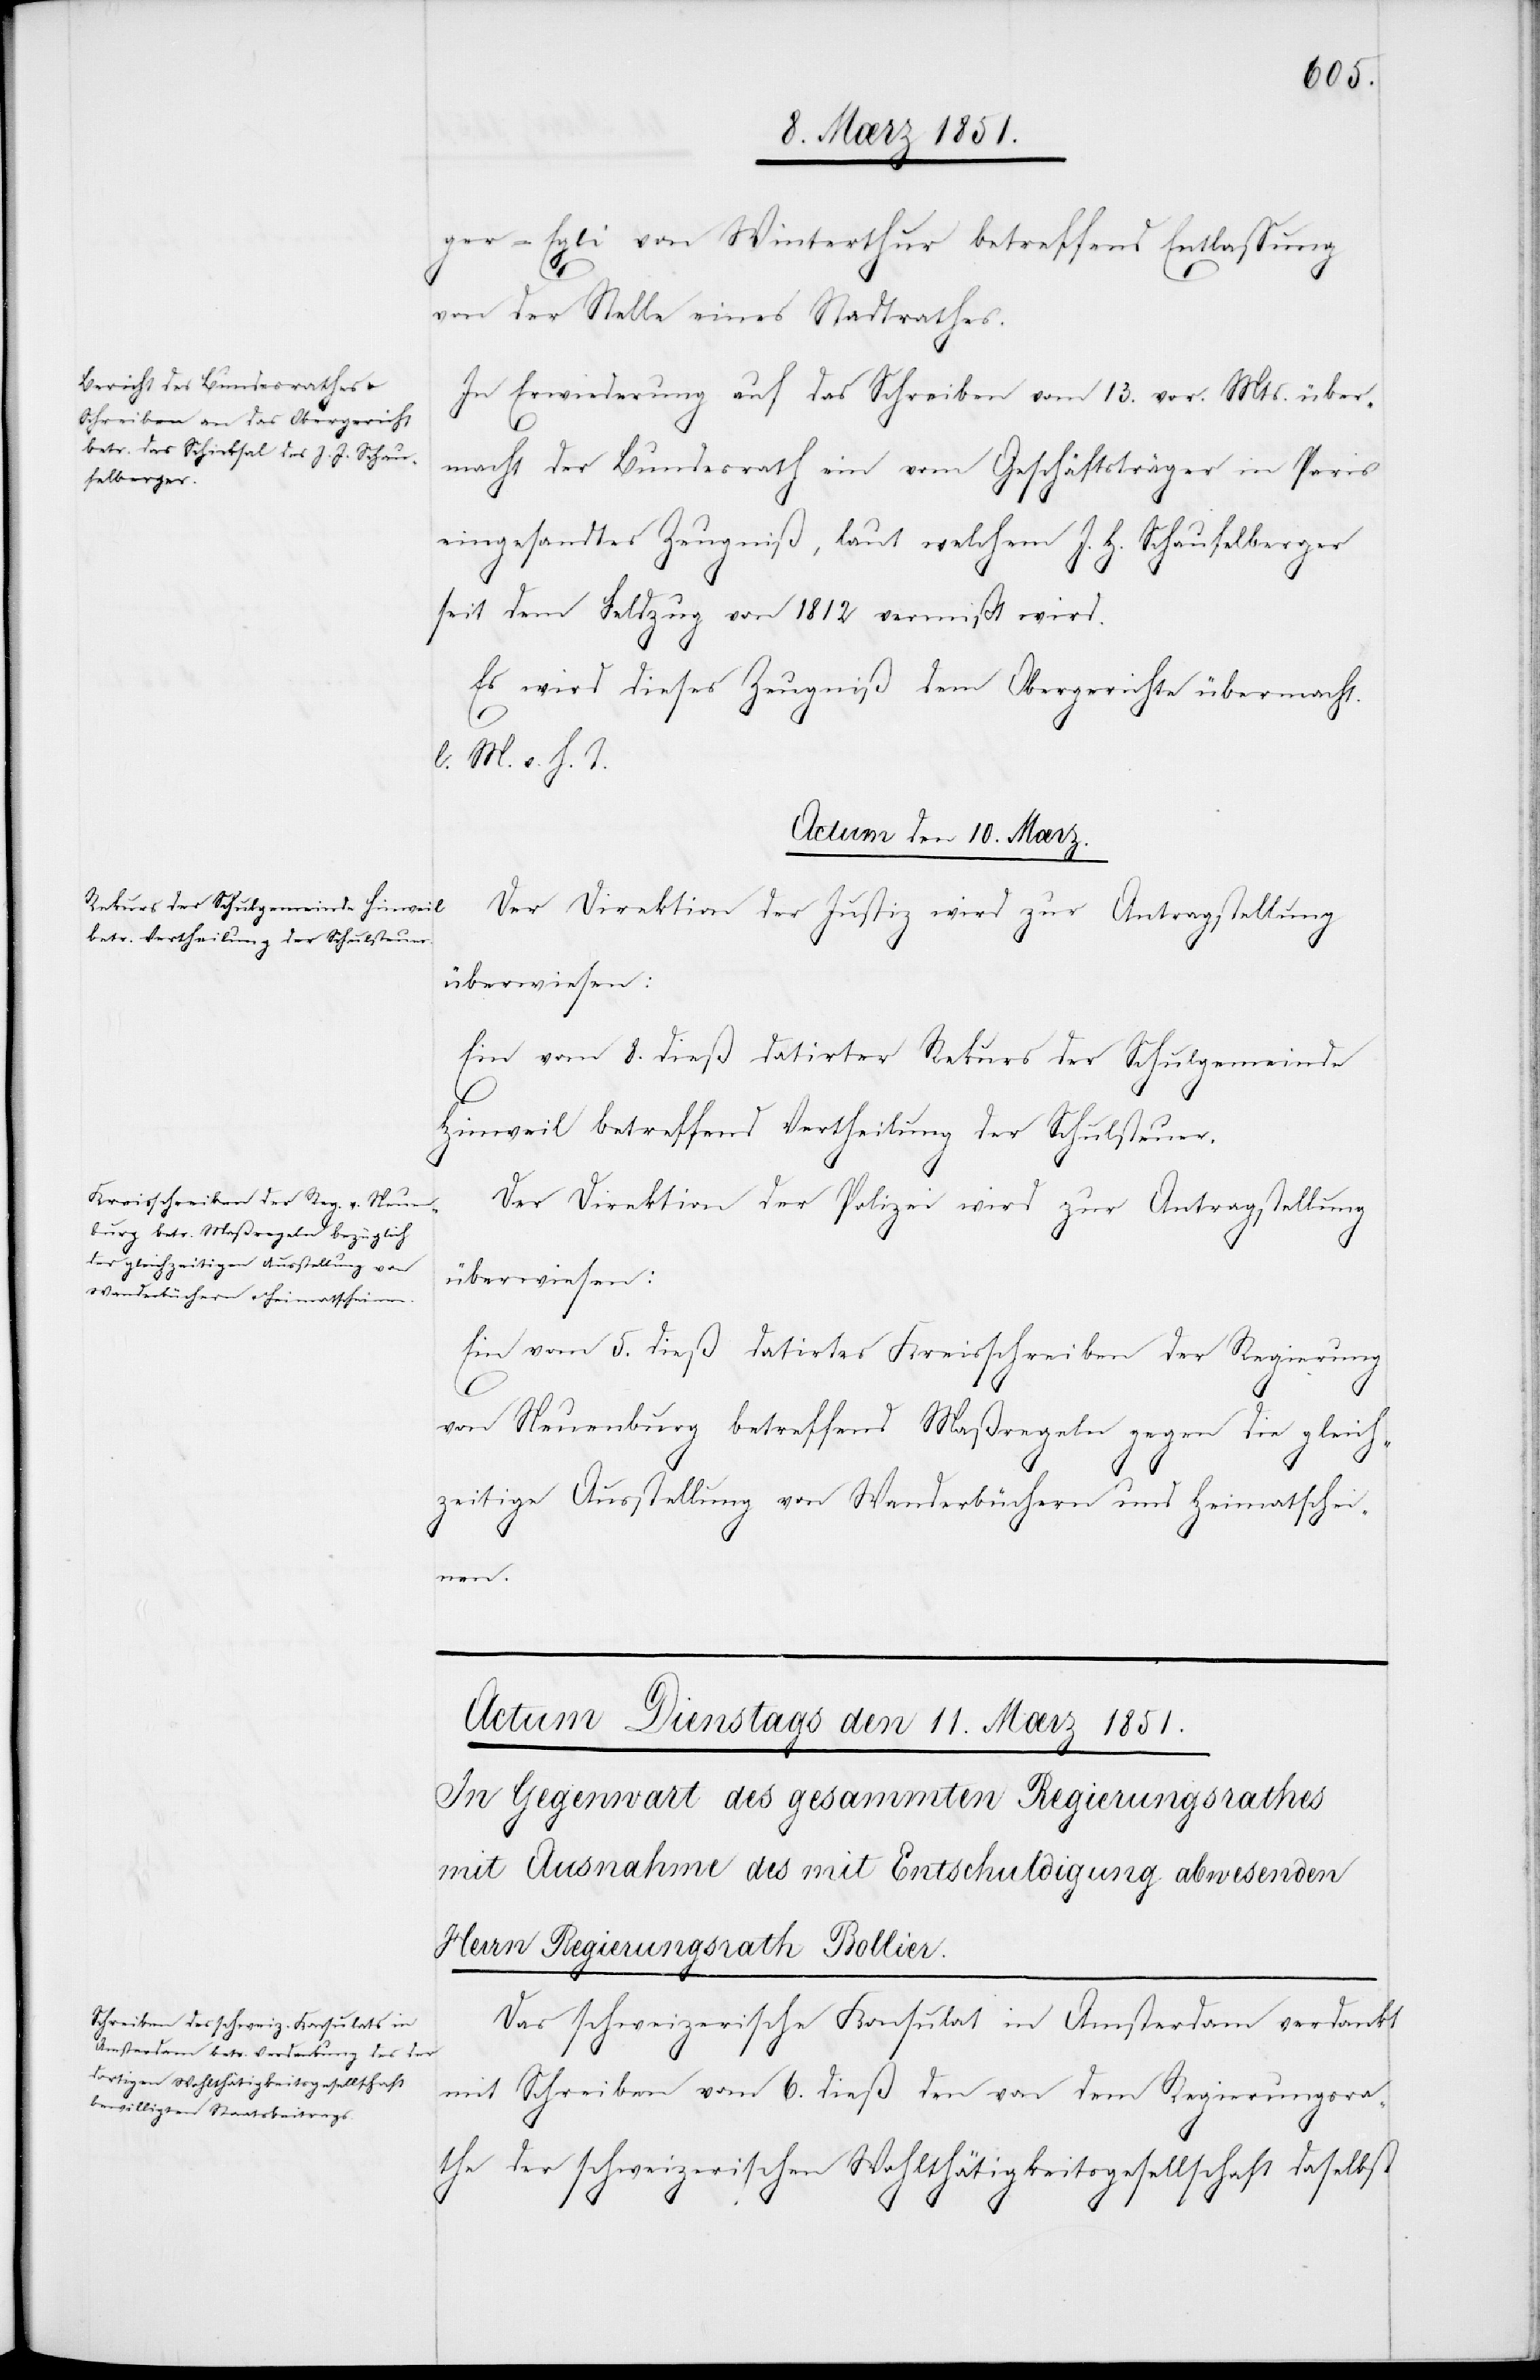
ger-Egli von Winterthur betreffend Entlassung
von der Stelle eines Stadtrathes.
In Erwiederung auf das Schreiben vom 13. vor. Mts. über¬
macht der Bundesrath ein vom Geschäftsträger in Paris
eingesandtes Zeugniß, laut welchem J. H. [sic!] Schaufelber¬
ger
seit dem Feldzug von 1812 vermißt wird.
Es wird dieses Zeugniß dem Obergerichte übermacht.
l. M. v. h. T.
Actum den 10. Mærz.]
Der Direktion der Justiz wird zur Antragstellung
überwiesen:
Ein vom 8. dieß datirter Rekurs der Schulgemeinde
Hinweil betreffend Vertheilung der Schulsteuer.
Der Direktion der Polizei wird zur Antragstellung
überwiesen:
Ein vom 5. dieß datirtes Kreisschreiben der Regierung
von Neuenburg betreffend Maßregeln gegen die gleich¬
zeitige Ausstellung von Wanderbüchern und Heimatschei¬
nen.
Das schweizerische Konsulat in Amsterdam verdankt
mit Schreiben vom 6. dieß den von dem Regierungsra¬
the der schweizerischen Wohlthätigkeitsgesellschaft daselbst